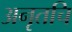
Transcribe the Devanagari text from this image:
अनृतचि